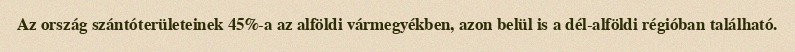
Az ország szántóterületeinek 45%-a az alföldi vármegyékben, azon belül is a dél-alföldi régióban található.